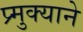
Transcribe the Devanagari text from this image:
प्र्मुक्याने